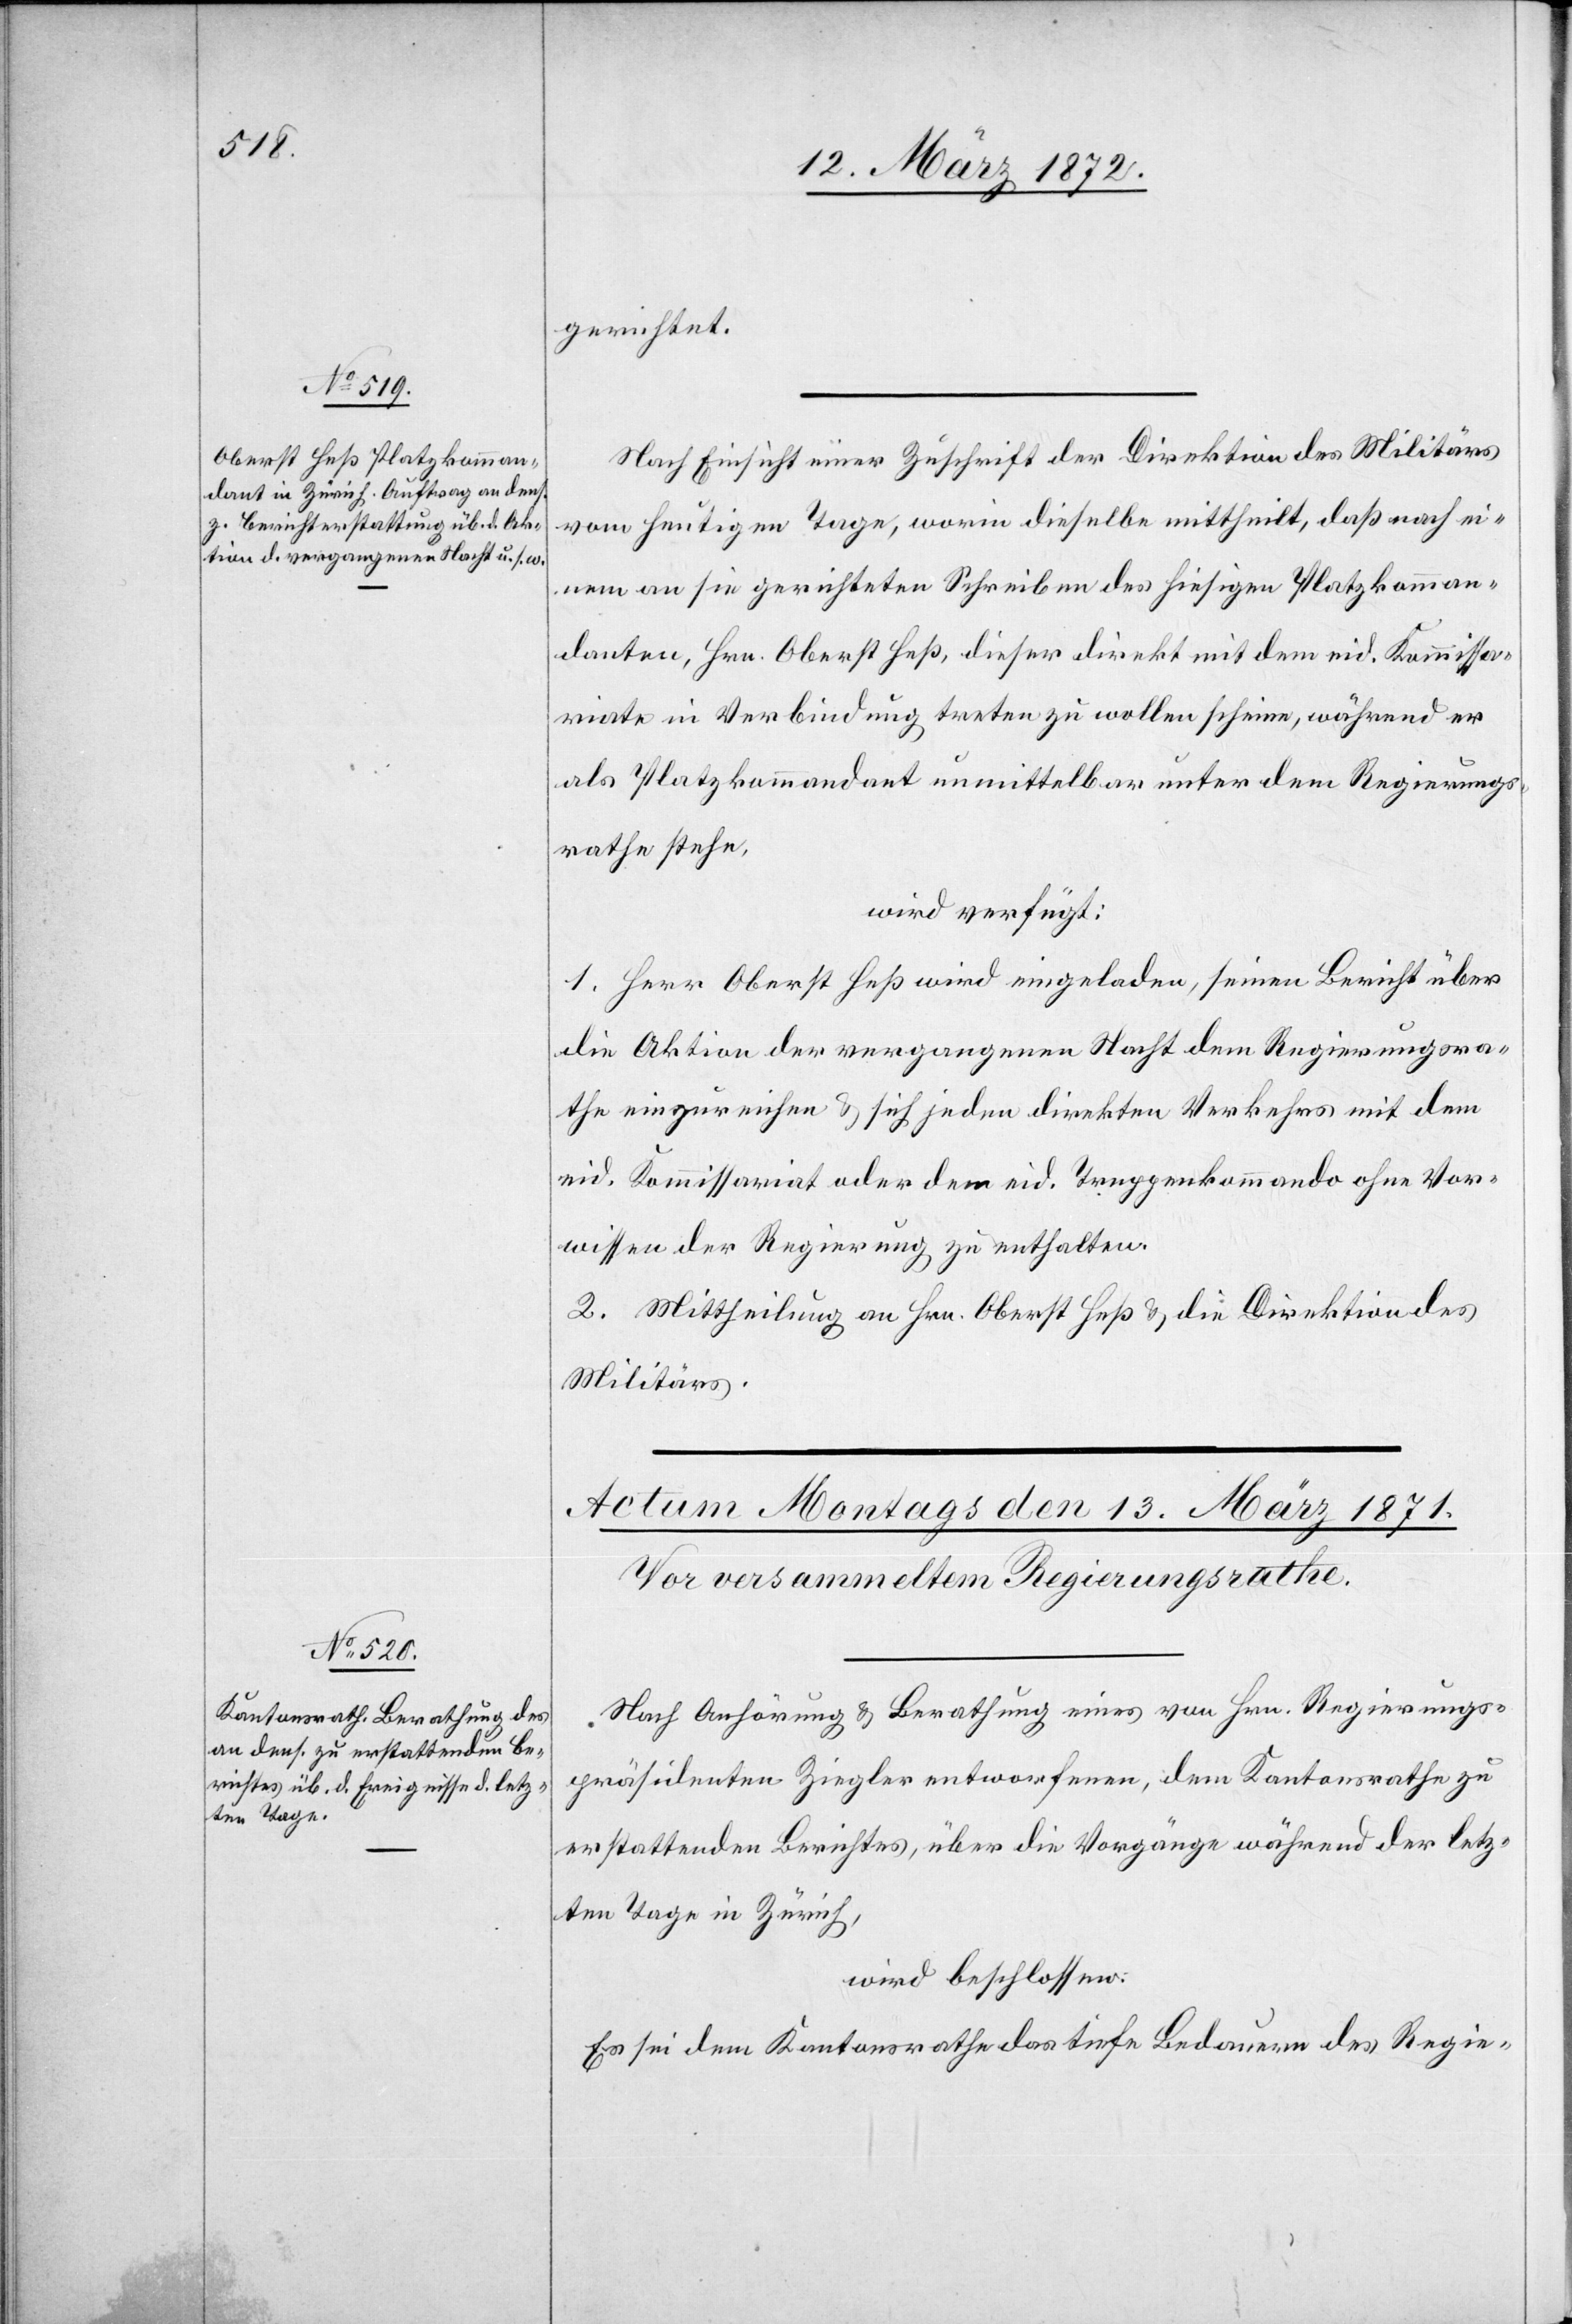
12. März 1871.]
gerichtet.
Nach Einsicht einer Zuschrift der Direktion des Militärs
vom heutigen Tage, worin dieselbe mittheilt, daß nach ei¬
nem an sie gerichteten Schreiben des hiesigen Platzkomman¬
danten, Hrn. Oberst Heß, dieser direkt mit dem eid. Kommissa¬
riate in Verbindung treten zu wollen scheine, während er
als Platzkommandant unmittelbar unter dem Regierungs¬
rathe stehe,
wird verfügt:
1. Herr Oberst Heß wird eingeladen, seinen Bericht über
die Aktion der vergangenen Nacht dem Regierungsra¬
the einzureichen u. sich jeden direkten Verkehrs mit dem
eid. Kommissariat oder dem eid. Truppenkommando ohne Vor¬
wissen der Regierung zu enthalten.
2. Mittheilung an Hrn. Oberst Heß u. die Direktion des
Militärs.
Nach Anhörung u. Berathung eines von Hrn. Regierungs¬
präsidenten Ziegler entworfenen, dem Kantonsrathe zu
erstattenden Berichtes, über die Vorgänge während der letz¬
ten Tage in Zürich,
wird beschlossen:
Es sei dem Kantonsrathe das tiefe Bedauern des Regie-